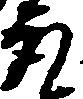
取